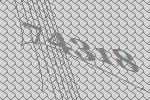
74318